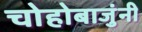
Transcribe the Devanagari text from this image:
चोहोबाजुंनी